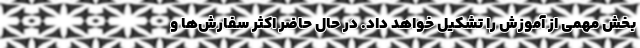
بخش مهمی از آموزش را تشکیل خواهد داد. در حال حاضر اکثر سفارش‌ها و